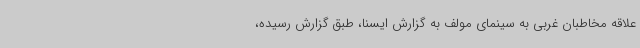
علاقه مخاطبان غربی به سینمای مولف به گزارش ایسنا، طبق گزارش رسیده،